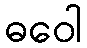
ဓဝေါ